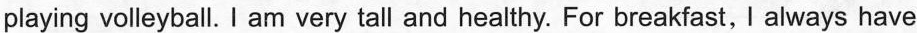
playing volleyball. I am very tall and healthy. For breakfast, I always have